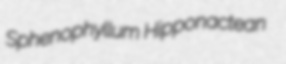
Sphenophyllum Hipponactean